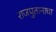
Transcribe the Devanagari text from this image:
राजपुतानाचा